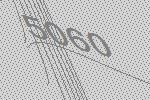
5060